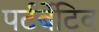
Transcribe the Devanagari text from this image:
पर्टर्बेटिव